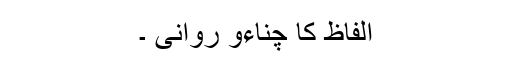
الفاظ کا چناءو روانی ۔